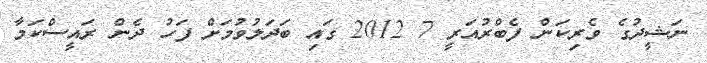
ނަޝީދުގެ ވެރިކަން ފެބްރުއަރީ 7 2012 ގައި ބަދަލުވުމަށް ފަހު ދެން ރައީސްކަމާ